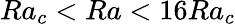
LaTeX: Ra_{c}<Ra<16Ra_{c}